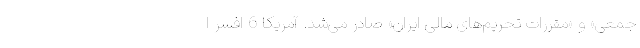
جمعی» و «مقررات تحریم‌های مالی ایران» صادر می‌شد. آمریکا 6 افسر ا